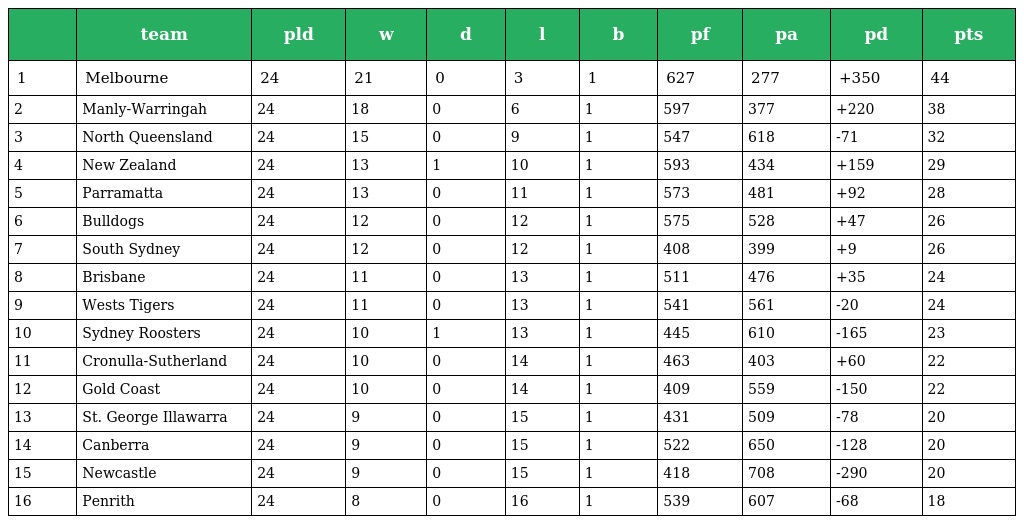
|  | team | pld | w | d | l | b | pf | pa | pd | pts |
 | --- | --- | --- | --- | --- | --- | --- | --- | --- | --- | --- |
 | 1 | Melbourne | 24 | 21 | 0 | 3 | 1 | 627 | 277 | +350 | 44 |
 | 2 | Manly-Warringah | 24 | 18 | 0 | 6 | 1 | 597 | 377 | +220 | 38 |
 | 3 | North Queensland | 24 | 15 | 0 | 9 | 1 | 547 | 618 | -71 | 32 |
 | 4 | New Zealand | 24 | 13 | 1 | 10 | 1 | 593 | 434 | +159 | 29 |
 | 5 | Parramatta | 24 | 13 | 0 | 11 | 1 | 573 | 481 | +92 | 28 |
 | 6 | Bulldogs | 24 | 12 | 0 | 12 | 1 | 575 | 528 | +47 | 26 |
 | 7 | South Sydney | 24 | 12 | 0 | 12 | 1 | 408 | 399 | +9 | 26 |
 | 8 | Brisbane | 24 | 11 | 0 | 13 | 1 | 511 | 476 | +35 | 24 |
 | 9 | Wests Tigers | 24 | 11 | 0 | 13 | 1 | 541 | 561 | -20 | 24 |
 | 10 | Sydney Roosters | 24 | 10 | 1 | 13 | 1 | 445 | 610 | -165 | 23 |
 | 11 | Cronulla-Sutherland | 24 | 10 | 0 | 14 | 1 | 463 | 403 | +60 | 22 |
 | 12 | Gold Coast | 24 | 10 | 0 | 14 | 1 | 409 | 559 | -150 | 22 |
 | 13 | St. George Illawarra | 24 | 9 | 0 | 15 | 1 | 431 | 509 | -78 | 20 |
 | 14 | Canberra | 24 | 9 | 0 | 15 | 1 | 522 | 650 | -128 | 20 |
 | 15 | Newcastle | 24 | 9 | 0 | 15 | 1 | 418 | 708 | -290 | 20 |
 | 16 | Penrith | 24 | 8 | 0 | 16 | 1 | 539 | 607 | -68 | 18 |